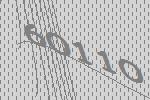
60110